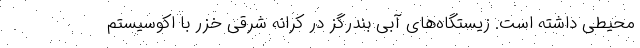
محیطی داشته است. زیستگاه‌های آبی بندرگز در کرانه شرقی خزر با اکوسیستم